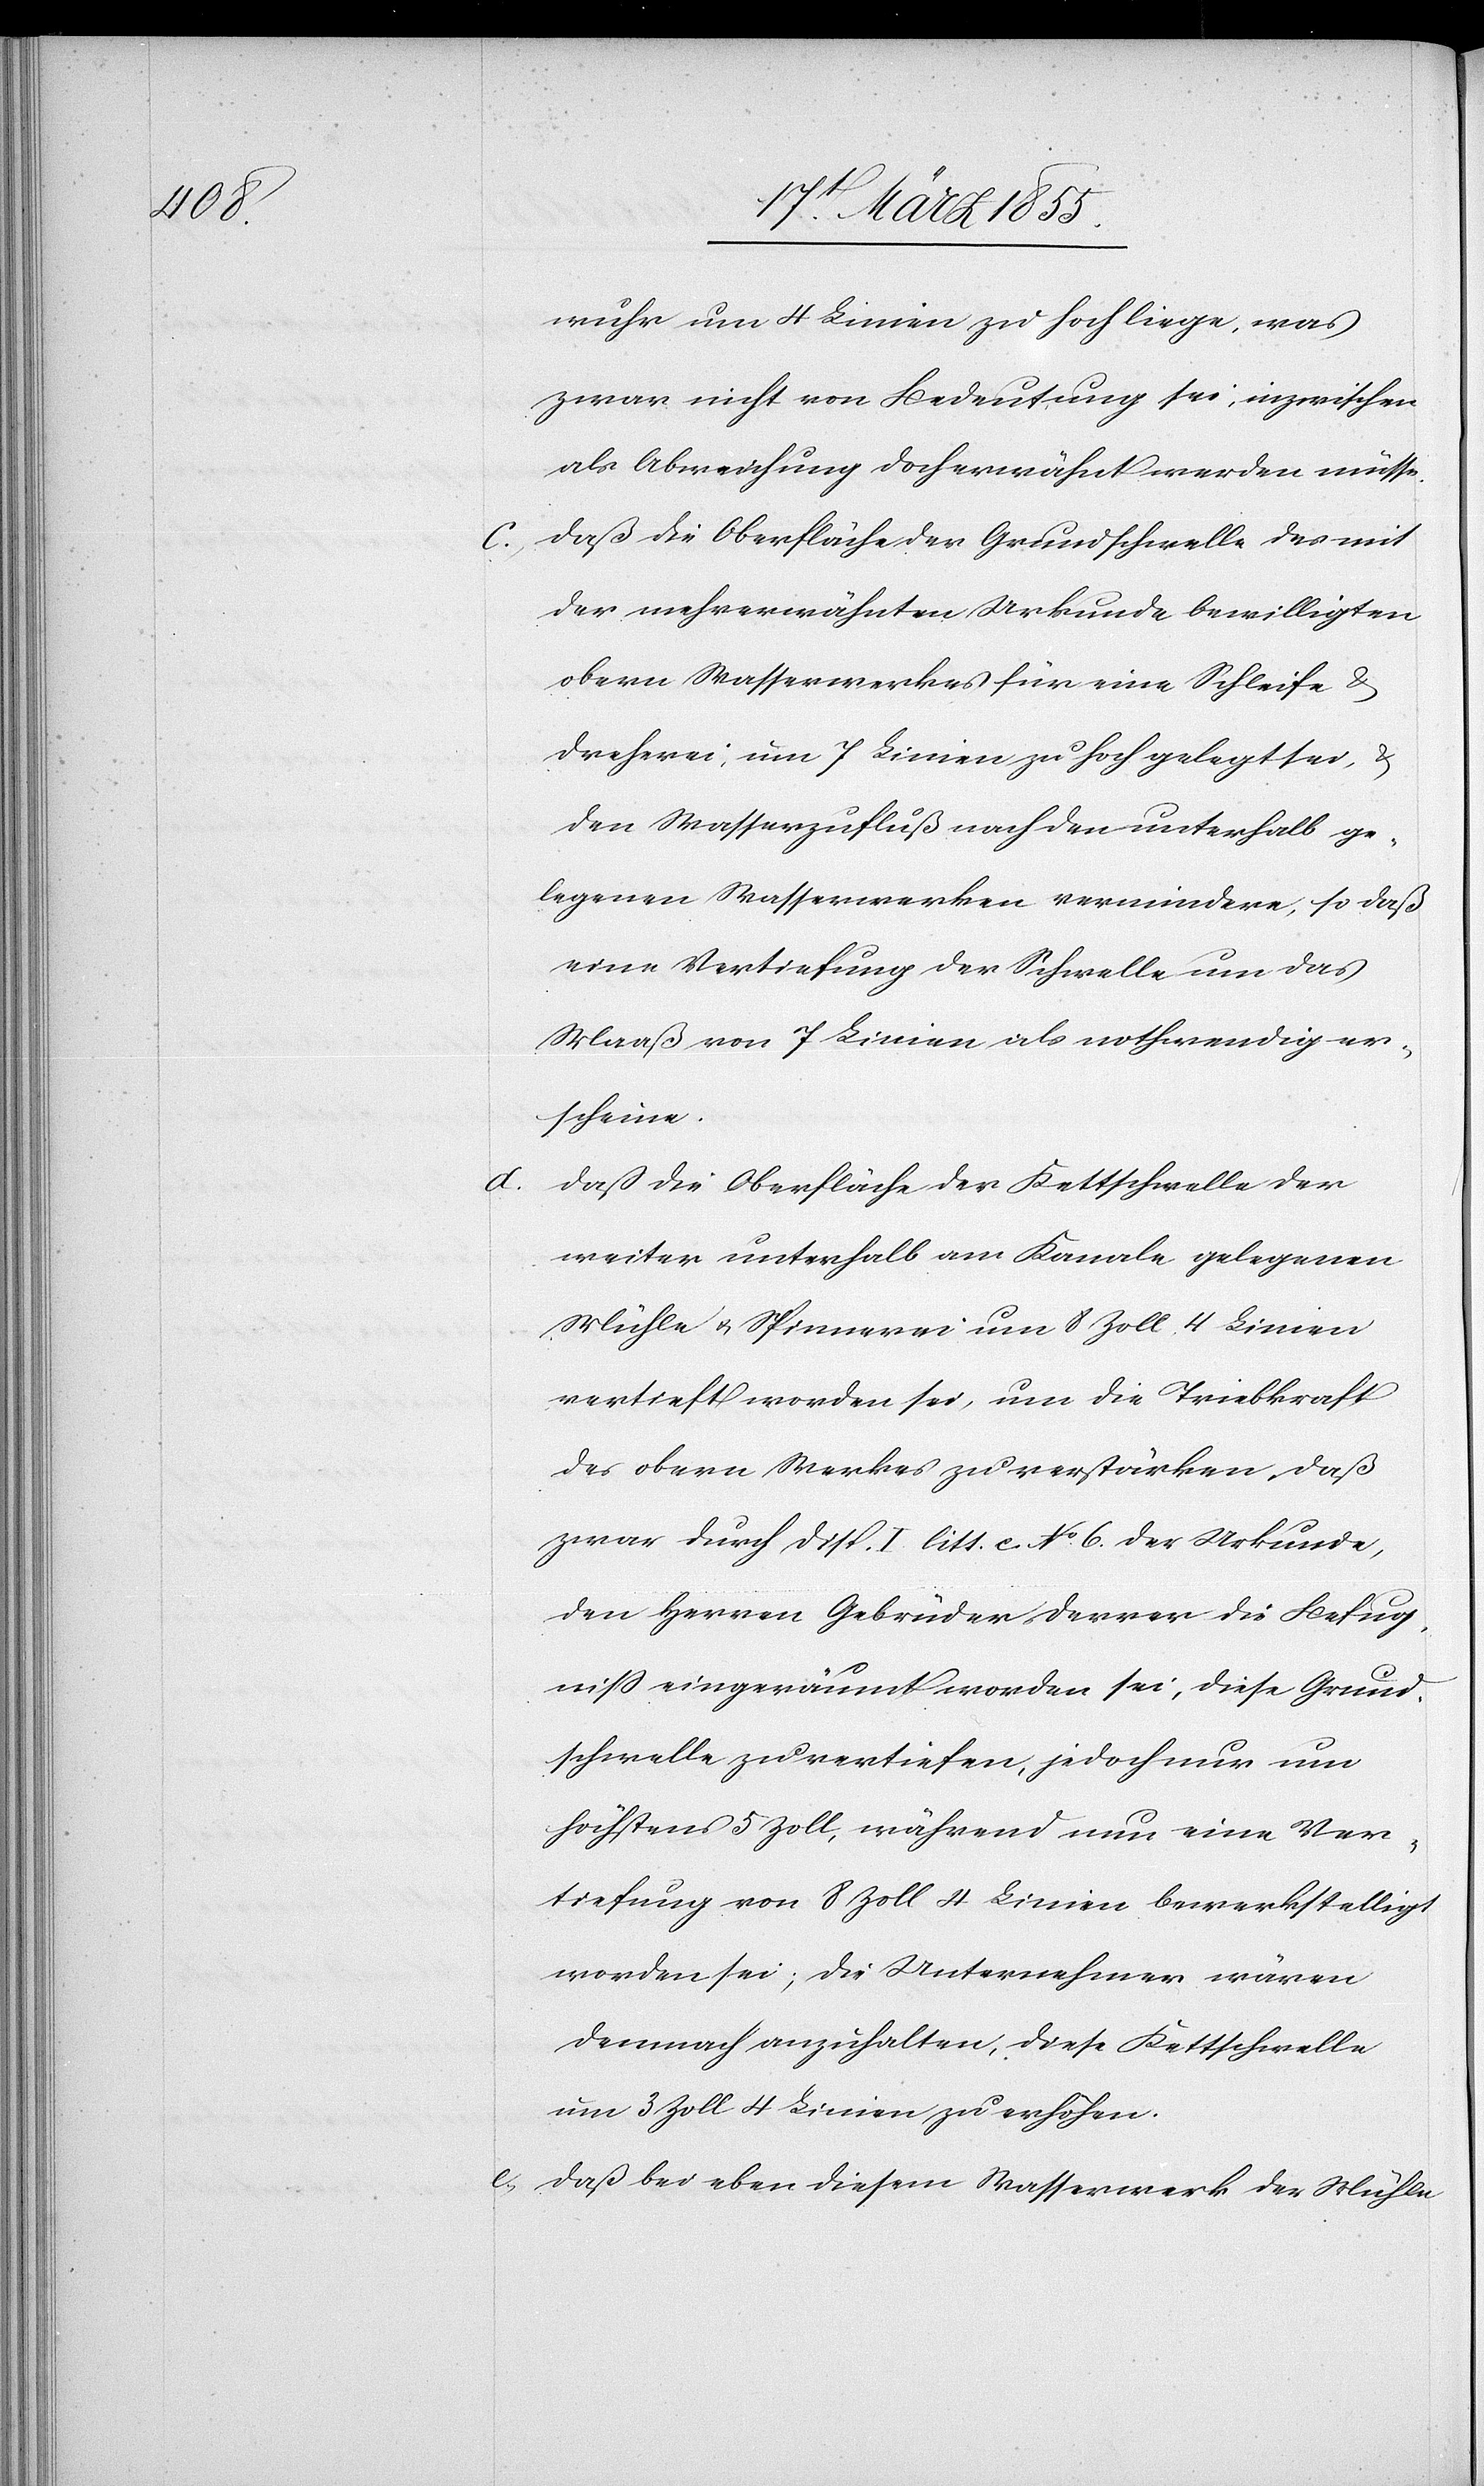
wuhr um 4 Linien zu hoch liege, was
zwar nicht von Bedeutung sei, inzwischen
als Abweichung doch erwähnt werden müsse.
daß die Oberfläche der Grundschwelle des mit
der mehrerwähnten Urkunde bewilligten
obern Wasserwerkes für eine Schleife &
Dreherei, um 7 Linien zu hoch gelegt sei, &
den Wasserzufluß nach den unterhalb ge¬
legenen Wasserwerken vermindere, so daß
eine Vertiefung der Schwelle um das
Maaß von 7 Linien als nothwendig er¬
scheine.
daß die Oberfläche der Kettschwelle der
weiter unterhalb am Kanale gelegenen
Mühle & Spinnerei um 8 Zoll 4 Linien
vertieft worden sei, um die Triebkraft
des obern Werkes zu verstärken, daß
zwar durch Disp. I litt. [?e.] No. 6. der Urkunde,
den Herren Gebrüder Derrer die Befug¬
niss eingeräumt worden sei, diese Grund¬
schwelle zu vertiefen, jedoch nur um
höchstens 5 Zoll, während nun eine Ver¬
tiefung von 8 Zoll 4 Linien bewerkstelligt
worden sei; die Unternehmer wären
demnach anzuhalten, diese Kettschwelle
um 3 Zoll 4 Linien zu erhöhen.
daß bei eben diesem Wasserwerk die Mühle